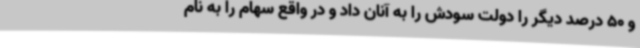
و 50 درصد دیگر را دولت سودش را به آنان داد و در واقع سهام را به نام